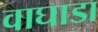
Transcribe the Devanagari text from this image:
वाघाडा